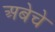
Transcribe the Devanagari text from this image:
अबेचे